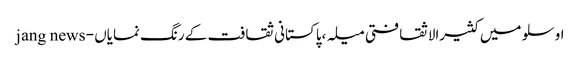
اوسلو میں کثیرالاثقافتی میلہ ،پاکستانی ثقافت کے رنگ نمایاں - jang news